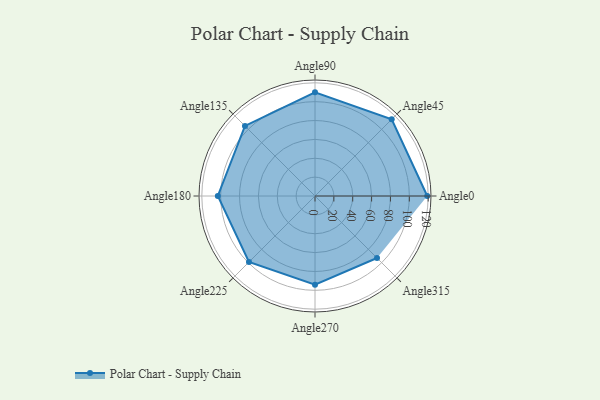
{"axis": {"x": "Angle", "y": "Radius"}, "legend": [""], "data": [{"x": "Angle0", "y": 119.0, "type": ""}, {"x": "Angle45", "y": 115.0, "type": ""}, {"x": "Angle90", "y": 110.0, "type": ""}, {"x": "Angle135", "y": 105.0, "type": ""}, {"x": "Angle180", "y": 103.0, "type": ""}, {"x": "Angle225", "y": 99.0, "type": ""}, {"x": "Angle270", "y": 94.0, "type": ""}, {"x": "Angle315", "y": 93.0, "type": ""}]}